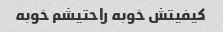
کیفیتش خوبه راحتیشم خوبه